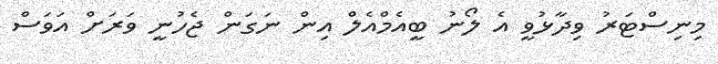
މިނިސްޓަރު ވިދާޅުވީ އެ ލޯނު ބީއެމްއެލް އިން ނަގަން ޖެހުނީ ވަރަށް އަވަސް